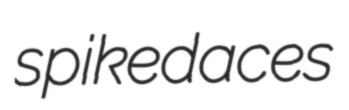
spikedaces